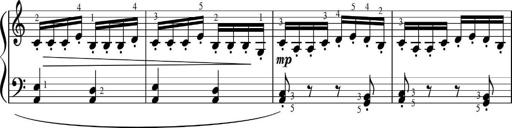
Title: Sonatinas
Composer: Andrew Violette